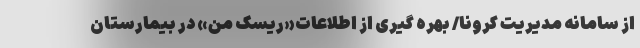
از سامانه مدیریت کرونا/ بهره گیری از اطلاعات«ریسک من» در بیمارستان